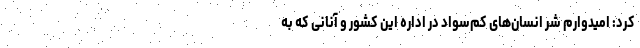
کرد: امیدوارم شر انسان‌های کم‌سواد در اداره این کشور و آنانی که به